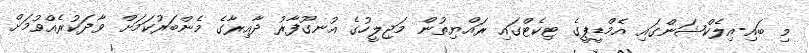
މި ބައި-އިލެކްޝަންގައި އެމްޑީޕީގެ ޓިކެޓްގައި ރައްޔިތުން މަޖިލީހުގެ އުނގޫފާރު ދާއިރާގެ މެންބަރުކަމަށް ވާދަކުރެއްވުމަށް